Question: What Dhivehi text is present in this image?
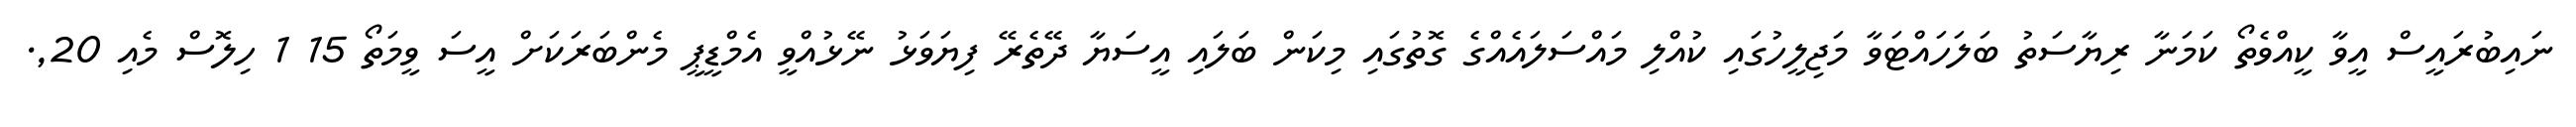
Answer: ނައިބުރައީސް އީވާ ކީއްވެތޯ ކަމަނާ ރިޔާސަތު ބަލަހައްޓަވާ މަޖިލީހުގައި ކުއްލި މައްސަލައެއްގެ ގޮތުގައި މިކަން ބަލައި އީސަޔާ ދޭތެރޭ ފިޔަވަޅު ނޭޅުއްވީ އެމްޑީޕީ މެންބަރަކަށް އީސަ ވީމަތޯ 15 1 ހިލޮސް މެއި 20,.